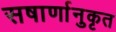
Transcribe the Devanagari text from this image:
सषार्णानुकृत